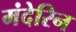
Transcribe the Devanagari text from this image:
मंदेरिन